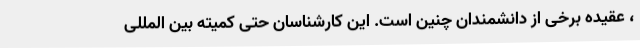
، عقیده برخی از دانشمندان چنین است. این کارشناسان حتی کمیته بین المللی